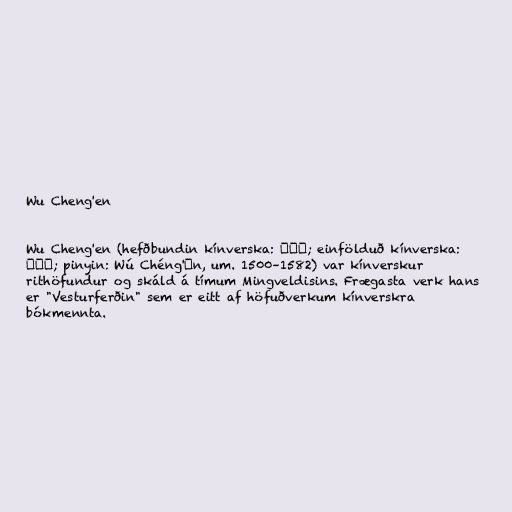
Wu Cheng'en

Wu Cheng'en (hefðbundin kínverska: 吳承恩; einfölduð kínverska:
吴承恩; pinyin: Wú Chéng'ēn, um. 1500–1582) var kínverskur
rithöfundur og skáld á tímum Mingveldisins. Frægasta verk hans
er "Vesturferðin" sem er eitt af höfuðverkum kínverskra
bókmennta.